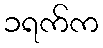
၁ရက်က